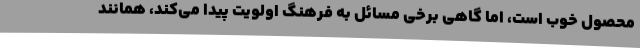
محصول خوب است، اما گاهی برخی مسائل به فرهنگ اولویت پیدا می‌کند، همانند